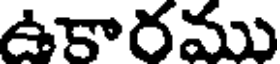
ఉకారము